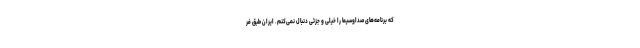
که برنامه‌های صداوسیما را خیلی و جزئی دنبال نمی‌کنم. ایران طبق فر